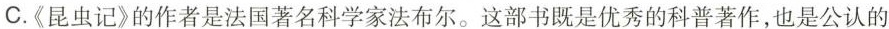
C.《昆虫记》的作者是法国著名科学家法布尔。这部书既是优秀的科普著作，也是公认的